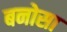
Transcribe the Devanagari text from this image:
बनोसा